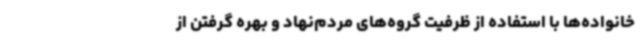
خانواده‌ها با استفاده از ظرفیت گروه‌های مردم‌نهاد و بهره گرفتن از